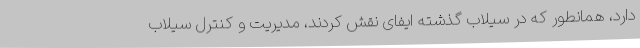
دارد، همانطور که در سیلاب گذشته ایفای نقش کردند، مدیریت و کنترل سیلاب